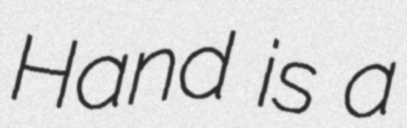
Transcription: Hand is a